Indian journal of veterinary science and animal husbandry - Volumes 18-21, 1948-1951
Year: 1948
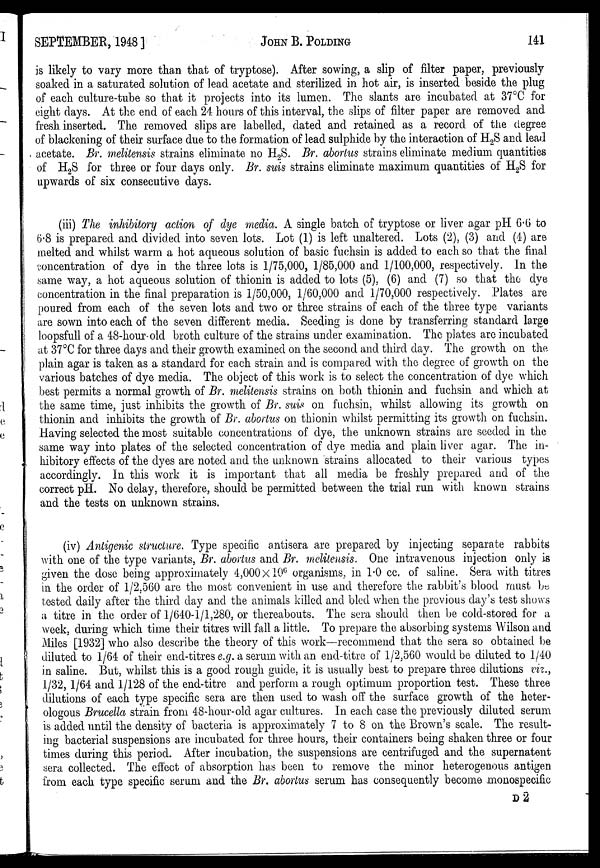
SEPTEMBER, 1948]
JOHN
B.
POLDING
141
is likely to vary more than that of tryptose). After sowing, a slip of filter paper, previously
soaked in a saturated solution of lead acetate and sterilized in hot air, is inserted beside the plug
of each culture-tube so that it projects into its lumen. The slants are incubated at 37°C for
eight days. At the end of each 24 hours of this interval, the slips of filter paper are removed and
fresh inserted. The removed slips are labelled, dated and retained as a record of the degree
of blackening of their surface due to the formation of lead sulphide by the interaction of H 2 S and lead
acetate. Br. melitensis strains eliminate no H 2 S. Br. abortus strains eliminate medium quantities
of H 2 S for three or four days only. Br. suis strains eliminate maximum quantities of H 2 S for
upwards of six consecutive days.
(iii) The inhibitory action of dye media. A single batch of tryptose or liver agar pH 6.6 to
6.8 is prepared and divided into seven lots. Lot (1) is left unaltered. Lots (2), (3) and (4) are
melted and whilst warm a hot aqueous solution of basic fuchsin is added to each so that the final
concentration of dye in the three lots is 1/75,000, 1/85,000 and 1/100,000, respectively. In the
same way, a hot aqueous solution of thionin is added to lots (5), (6) and (7) so that the dye
concentration in the final preparation is 1/50,000, 1/60,000 and 1/70,000 respectively. Plates are
poured from each of the seven lots and two or three strains of each of the three type variants
are sown into each of the seven different media. Seeding is done by transferring standard large
loopsfull of a 48-hour old broth culture of the strains under examination. The plates are incubated
at 37°C for three days and their growth examined on the second and third day. The growth on the
plain agar is taken as a standard for each strain and is compared with the degree of growth on the
various batches of dye media. The object of this work is to select the concentration of dye which
best permits a normal growth of Br. melitensis strains on both thionin and fuchsin and which at
the same time, just inhibits the growth of Br. suis on fuchsin, whilst allowing its growth on
thionin and inhibits the growth of Br. abortus on thionin whilst permitting its growth on fuchsin.
Having selected the most suitable concentrations of dye, the unknown strains are seeded in the
same way into plates of the selected concentration of dye media and plain liver agar. The in-
hibitory effects of the dyes are noted and the unknown strains allocated to their various types
accordingly. In this work it is important that all media be freshly prepared and of the
correct pH. No delay, therefore, should be permitted between the trial run with known strains
and the tests on unknown strains.
(iv) Antigenic structure. Type specific antisera are prepared by injecting separate rabbits
with one of the type variants, Br. abortus and Br. melitensis. One intravenous injection only is
given the dose being approximately 4,000×10 6 organisms, in 1.0 cc. of saline. Sera with titres
in the order of 1/2,560 are the most convenient in use and therefore the rabbit's blood must be
tested daily after the third day and the animals killed and bled when the previous day's test shows
a titre in the order of 1/640-1/1,280, or thereabouts. The sera should then be cold-stored for a
week, during which time their titres will fall a little. To prepare the absorbing systems Wilson and
Miles [1932] who also describe the theory of this work—recommend that the sera so obtained be
diluted to 1/64 of their end-titres e.g. a serum with an end-titre of 1/2,560 would be diluted to 1/40
in saline. But, whilst this is a good rough guide, it is usually best to prepare three dilutions viz.,
1/32, 1/64 and 1/128 of the end-titre and perform a rough optimum proportion test. These three
dilutions of each type specific sera are then used to wash off the surface growth of the heter-
ologous Brucella strain from 48-hour-old agar cultures. In each case the previously diluted serum
is added until the density of bacteria is approximately 7 to 8 on the Brown's scale. The result-
ing bacterial suspensions are incubated for three hours, their containers being shaken three or four
times during this period. After incubation, the suspensions are centrifuged and the supernatent
sera collected. The effect of absorption has been to remove the minor heterogenous antigen
from each type specific serum and the Br. abortus serum has consequently become monospecific
D 2